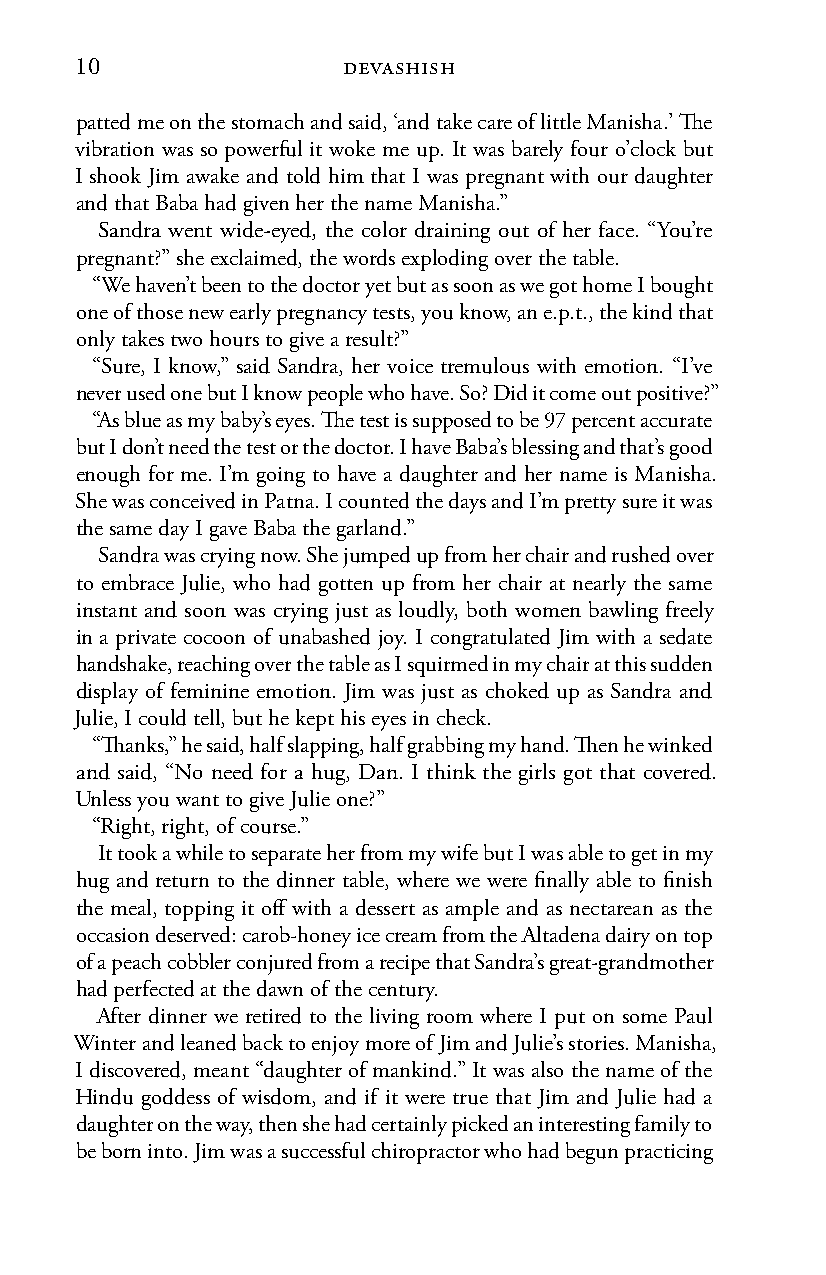
10                devashish
 patted me on the stomach and said, ‘and take care of little Manisha.’ The
 vibration was so powerful it woke me up. It was barely four o’clock but
 I shook Jim awake and told him that I was pregnant with our daughter
 and that Baba had given her the name Manisha.”
 Sandra went wide-eyed, the color draining out of her face. “You’re
 pregnant?” she exclaimed, the words exploding over the table.
 “We haven’t been to the doctor yet but as soon as we got home I bought
 one of those new early pregnancy tests, you know, an e.p.t., the kind that
 only takes two hours to give a result?”
 “Sure, I know,” said Sandra, her voice tremulous with emotion. “I’ve
 never used one but I know people who have. So? Did it come out positive?”
 “As blue as my baby’s eyes. The test is supposed to be 97 percent accurate
 but I don’t need the test or the doctor. I have Baba’s blessing and that’s good
 enough for me. I’m going to have a daughter and her name is Manisha.
 She was conceived in Patna. I counted the days and I’m pretty sure it was
 the same day I gave Baba the garland.”
 Sandra was crying now. She jumped up from her chair and rushed over
 to embrace Julie, who had gotten up from her chair at nearly the same
 instant and soon was crying just as loudly, both women bawling freely
 in a private cocoon of unabashed joy. I congratulated Jim with a sedate
 handshake, reaching over the table as I squirmed in my chair at this sudden
 display of feminine emotion. Jim was just as choked up as Sandra and
 Julie, I could tell, but he kept his eyes in check.
 “Thanks,” he said, half slapping, half grabbing my hand. Then he winked
 and said, “No need for a hug, Dan. I think the girls got that covered.
 Unless you want to give Julie one?”
 “Right, right, of course.”
 It took a while to separate her from my wife but I was able to get in my
 hug and return to the dinner table, where we were finally able to finish
 the meal, topping it off with a dessert as ample and as nectarean as the
 occasion deserved: carob-honey ice cream from the Altadena dairy on top
 of a peach cobbler conjured from a recipe that Sandra’s great-grandmother
 had perfected at the dawn of the century.
 After dinner we retired to the living room where I put on some Paul
 Winter and leaned back to enjoy more of Jim and Julie’s stories. Manisha,
 I discovered, meant “daughter of mankind.” It was also the name of the
 Hindu goddess of wisdom, and if it were true that Jim and Julie had a
 daughter on the way, then she had certainly picked an interesting family to
 be born into. Jim was a successful chiropractor who had begun practicing